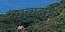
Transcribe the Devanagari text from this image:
सय्यदांची